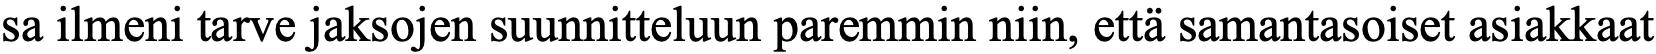
sa ilmeni tarve jaksojen suunnitteluun paremmin niin, että samantasoiset asiakkaat